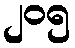
၂၀၅